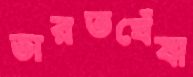
ভারতঘেঁষা